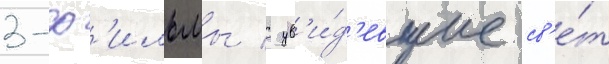
3-ф'ильмы / ув'и́д'евшие св'е́т